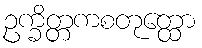
ဥက္ခိတ္တကစတုတ္ထော